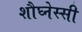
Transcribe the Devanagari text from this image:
शौघ्नेस्सी